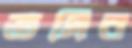
তমির